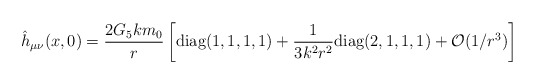
\begin{align*}\hat h_{\mu\nu}(x, 0)=\frac{2 G_5km_0}{r}\left[\textrm{diag}(1,1,1,1)+\frac{1}{3k^2r^2 }\textrm{diag}(2,1,1,1)+\mathcal{O}(1/r^3) \right]\end{align*}